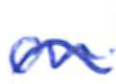
Text: on
Cross-out: wave
Writing tool: ballpoint